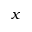
x